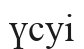
үсуі